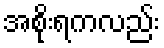
အစိုးရကလည်း